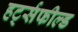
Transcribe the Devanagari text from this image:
हर्ट्सफील्ड